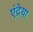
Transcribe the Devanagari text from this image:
एंद्रेया